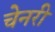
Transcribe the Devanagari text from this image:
चेनरी